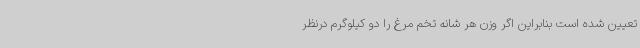
تعیین شده است بنابراین اگر وزن هر شانه تخم مرغ را دو کیلوگرم درنظر